Report on horse surra - Volume I
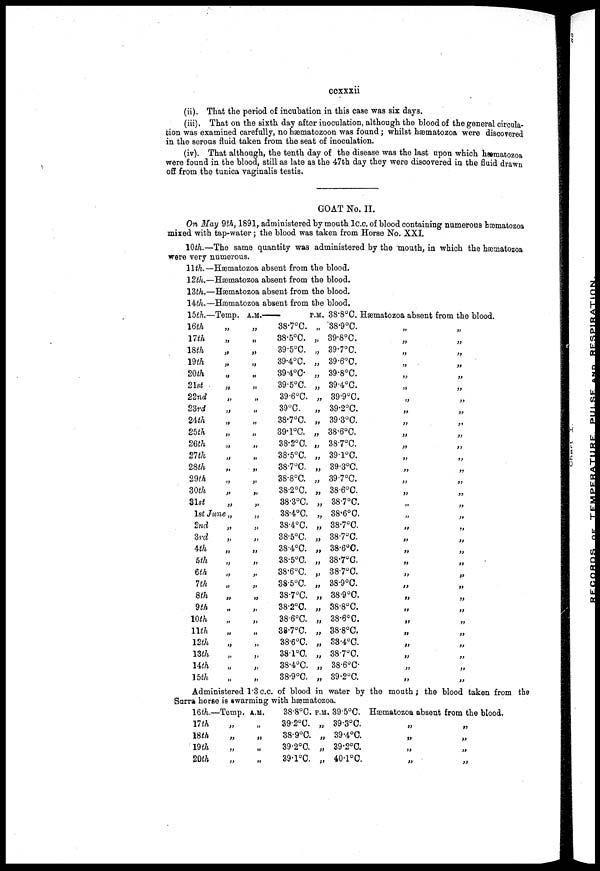
ccxxxii
(ii). That the period of incubation in this case was six days.
(iii). That on the sixth day after inoculation, although the blood of the general circula-
tion was examined carefully, no hæmatozoon was found ; whilst hæmatozoa were discovered
in the serous fluid taken from the seat of inoculation.
(iv). That although, the tenth day of the disease was the last upon which hæmatozoa
were found in the blood, still as late as the 47th day they were discovered in the fluid drawn
off from the tunica vaginalis testis.
GOAT No. II.
On May 9th, 1891, administered by mouth 1c.c. of blood containing numerous hæmatozoa
mixed with tap-water ; the blood was taken from Horse No. XXI.
10th.—The same quantity was administered by the mouth, in which the hæmatozoa
were very numerous.
11th.—
12th.—
13th.—
14th.—
15th.—
16th
17th
18th
19th
20th
21st
22nd
23rd
24th
25th
26th
21th
28th
29th
30th
31st
Hæmatozoa absent from the blood.
Hæmatozoa absent from the blood.
Hæmatozoa absent from the blood.
Hæmatozoa absent from the blood.
Temp.
„
„
„
„
„
„
„
„
„
„
„
„
„
„
„
„
1st June „
2nd
3rd
4th
5th
6th
7th
8th
9th
10th
11th
12th
13th
14th
15th
„
„
„
„
„
„
„
„
„
„
„
„
„
„
A.M.
„
„
„
„
„
„
„
„
„
„
„
„
„
„
„
„
„
„
„
„
„
„
„
„
„
„
„
„
„
„
„
—
38.7°C.
38.5°C.
39.5°C.
39.4°C.
39.4°C.
39.5°C.
39.6°C.
39°C.
38.7°C.
39.1°C.
38.2°C.
38.5°C.
38.7°C.
38.8°C.
38.2°C.
38.3°C.
38.4°C.
38.4°C.
38.5°C.
38.4°C.
38.5°C.
38.6°C.
38.5°C.
38.7°C.
38.2°C.
38.6°C.
38.7°C.
38.6°C.
38.1°C.
38.4°C.
38.9°C.
P.M.
„
„
„
„
„
„
„
„
„
„
„
„
„
„
„
„
„
„
„
„
„
„
„
„
„
„
„
„
„
„
„
38.8°C. Hæmatozoa absent from the blood.
38.9°C.
39.8°C.
39.7°C.
39.6°C.
39.8°C.
39.4°C.
39.9°C.
39.2°C.
39.3°C.
38.6°C.
38.7°C.
39.1°C.
39.3°C.
39.7°C.
38.6°C.
38.7°C.
38.6°C.
38.7°C.
38.7°C.
38.6°C.
38.7°C.
38.7°C.
38.9°C.
38.9°C.
38.8°C.
38.6°C.
38.8°C.
38.4°C.
38.7°C.
38.6°C.
39.2°C.
„
„
„
„
„
„
„
„
„
„
„
„
„
„
„
„
„
„
„
„
„
„
„
„
„
„
„
„
„
„
„
„
„
„
„
„
„
„
„
„
„
„
„
„
„
„
„
„
„
„
„
„
„
„
„
„
„
„
„
„
„
„
Administered 1.3 c.c.of blood in water by the mouth ; the blood taken from the
Surra horse is swarming with hæmatozoa.
16th.
17th
18th
19th
20th
—Temp.
„
„
„
„
A.M.
„
„
„
„
38.8°C.
39.2°C.
38.9°C.
39.2°C.
39.1°C.
P.M.
„
„
„
„
39.5°C.
39.3°C.
39.4°C.
39.2°C.
40.1°C.
Hæmatozoa
„
„
„
„
absent from the blood.
„
„
„
„